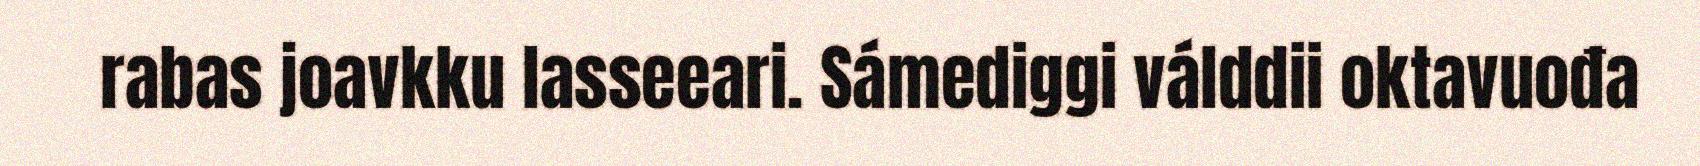
rabas joavkku lasseeari. Sámediggi válddii oktavuođa